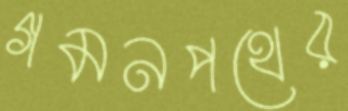
গমনপথের